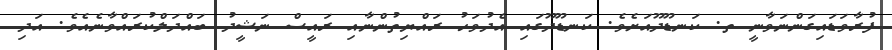
ފުރާވަޑައިގަންނަވާނީ ތ. ކަނޑޫދޫއަށެވެ. ކަނޑޫދޫގައި އެދުވަހު ރައްޔިތުންނާއި ރައީސް ނަޝީދު ބައްދަލްކުރައްވާނެއެވެ. އަދި